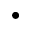
\bullet